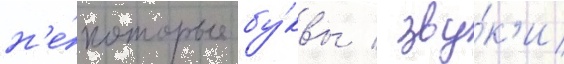
н'е́которые бу́квы / зву́к'и